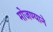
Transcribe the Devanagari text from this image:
मोजण्याने